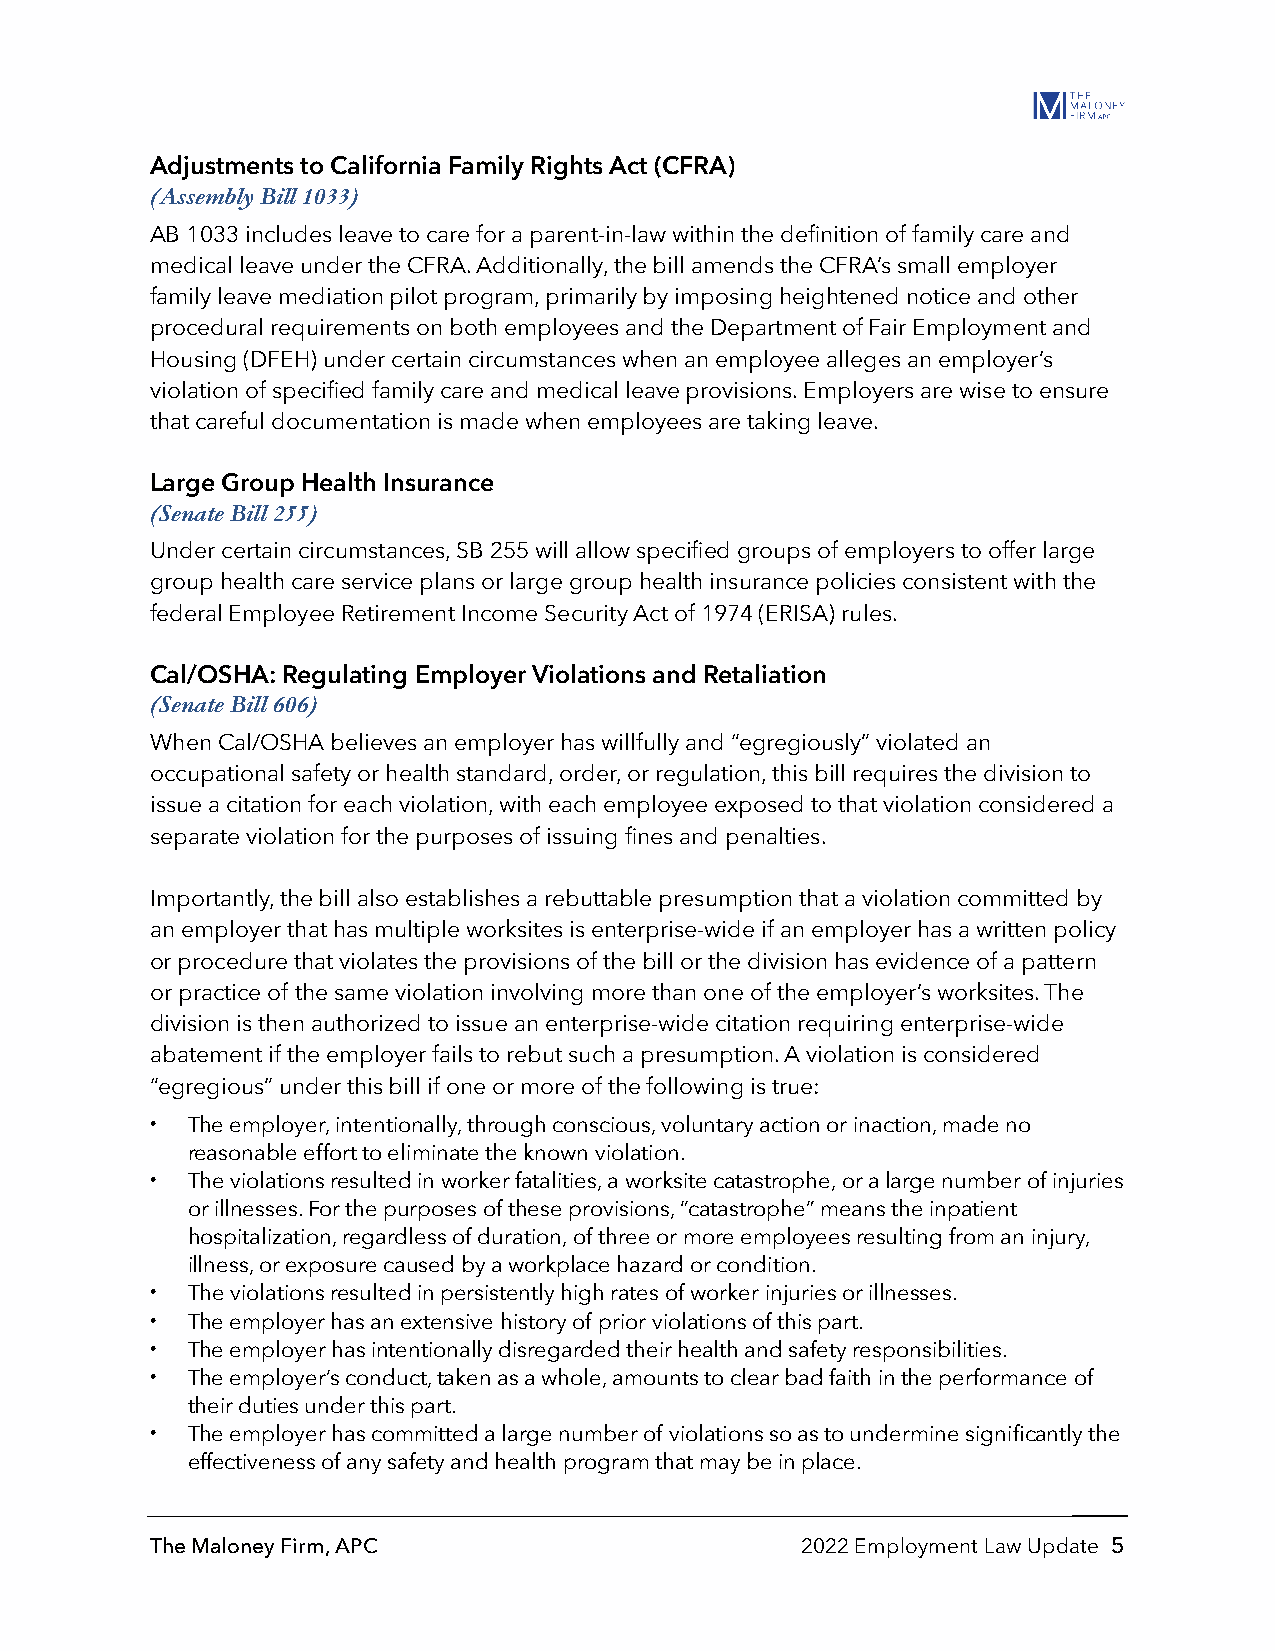
Adjustments to California Family Rights Act (CFRA)
 (Assembly Bill 1033)
 AB 1033 includes leave to care for a parent-in-law within the definition of family care and
 medical leave under the CFRA. Additionally, the bill amends the CFRA’s small employer
 family leave mediation pilot program, primarily by imposing heightened notice and other
 procedural requirements on both employees and the Department of Fair Employment and
 Housing (DFEH) under certain circumstances when an employee alleges an employer’s
 violation of specified family care and medical leave provisions. Employers are wise to ensure
 that careful documentation is made when employees are taking leave.
 Large Group Health Insurance
 (Senate Bill 255)
 Under certain circumstances, SB 255 will allow specified groups of employers to offer large
 group health care service plans or large group health insurance policies consistent with the
 federal Employee Retirement Income Security Act of 1974 (ERISA) rules.
 Cal/OSHA: Regulating Employer Violations and Retaliation
 (Senate Bill 606)
 When Cal/OSHA believes an employer has willfully and “egregiously” violated an
 occupational safety or health standard, order, or regulation, this bill requires the division to
 issue a citation for each violation, with each employee exposed to that violation considered a
 separate violation for the purposes of issuing fines and penalties.
 Importantly, the bill also establishes a rebuttable presumption that a violation committed by
 an employer that has multiple worksites is enterprise-wide if an employer has a written policy
 or procedure that violates the provisions of the bill or the division has evidence of a pattern
 or practice of the same violation involving more than one of the employer’s worksites. The
 division is then authorized to issue an enterprise-wide citation requiring enterprise-wide
 abatement if the employer fails to rebut such a presumption. A violation is considered
 “egregious” under this bill if one or more of the following is true:
 • The employer, intentionally, through conscious, voluntary action or inaction, made no
 reasonable effort to eliminate the known violation.
 • The violations resulted in worker fatalities, a worksite catastrophe, or a large number of injuries
 or illnesses. For the purposes of these provisions, “catastrophe” means the inpatient
 hospitalization, regardless of duration, of three or more employees resulting from an injury,
 illness, or exposure caused by a workplace hazard or condition.
 • The violations resulted in persistently high rates of worker injuries or illnesses.
 • The employer has an extensive history of prior violations of this part.
 • The employer has intentionally disregarded their health and safety responsibilities.
 • The employer’s conduct, taken as a whole, amounts to clear bad faith in the performance of
 their duties under this part.
 • The employer has committed a large number of violations so as to undermine significantly the
 effectiveness of any safety and health program that may be in place.
 The Maloney Firm, APC                      2022 Employment Law Update 5